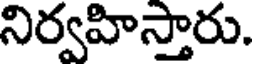
నిర్వహిస్తారు.